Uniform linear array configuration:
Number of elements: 64
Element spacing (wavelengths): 1
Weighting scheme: kaiser
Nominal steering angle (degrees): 30
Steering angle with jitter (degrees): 30.991
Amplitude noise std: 0.05
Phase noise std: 0.05

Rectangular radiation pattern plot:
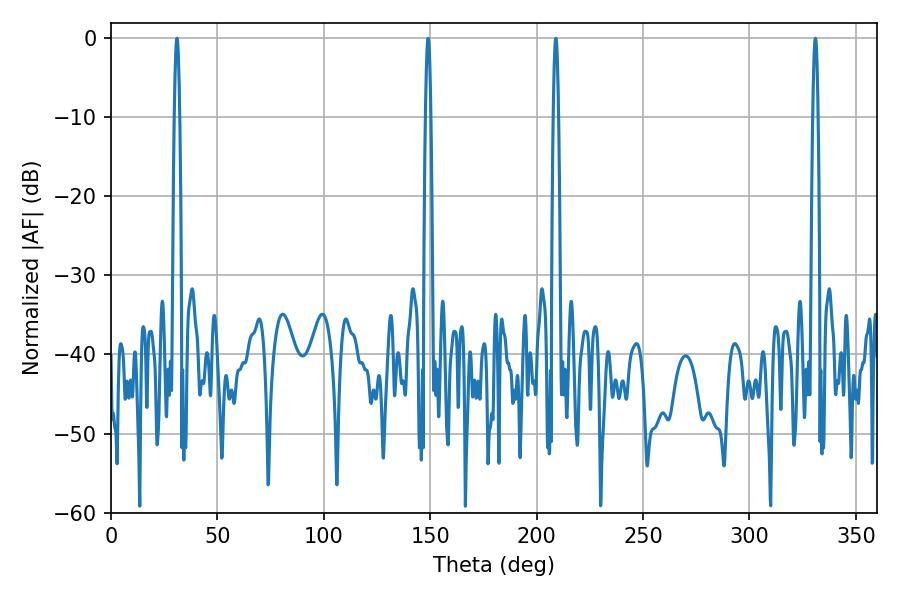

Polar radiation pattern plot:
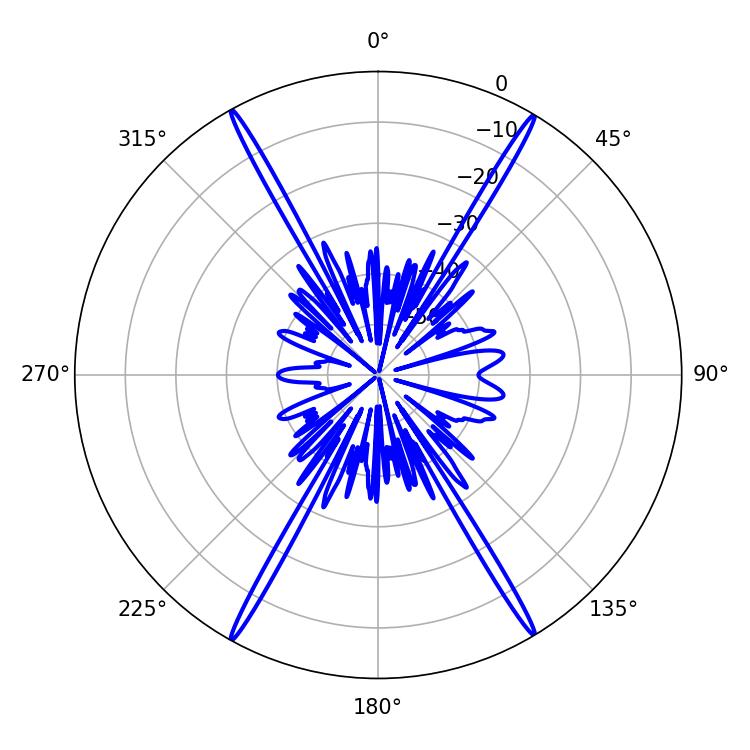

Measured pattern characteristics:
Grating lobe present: TRUE
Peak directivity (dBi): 29.47
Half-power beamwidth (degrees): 1.26
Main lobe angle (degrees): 30.96